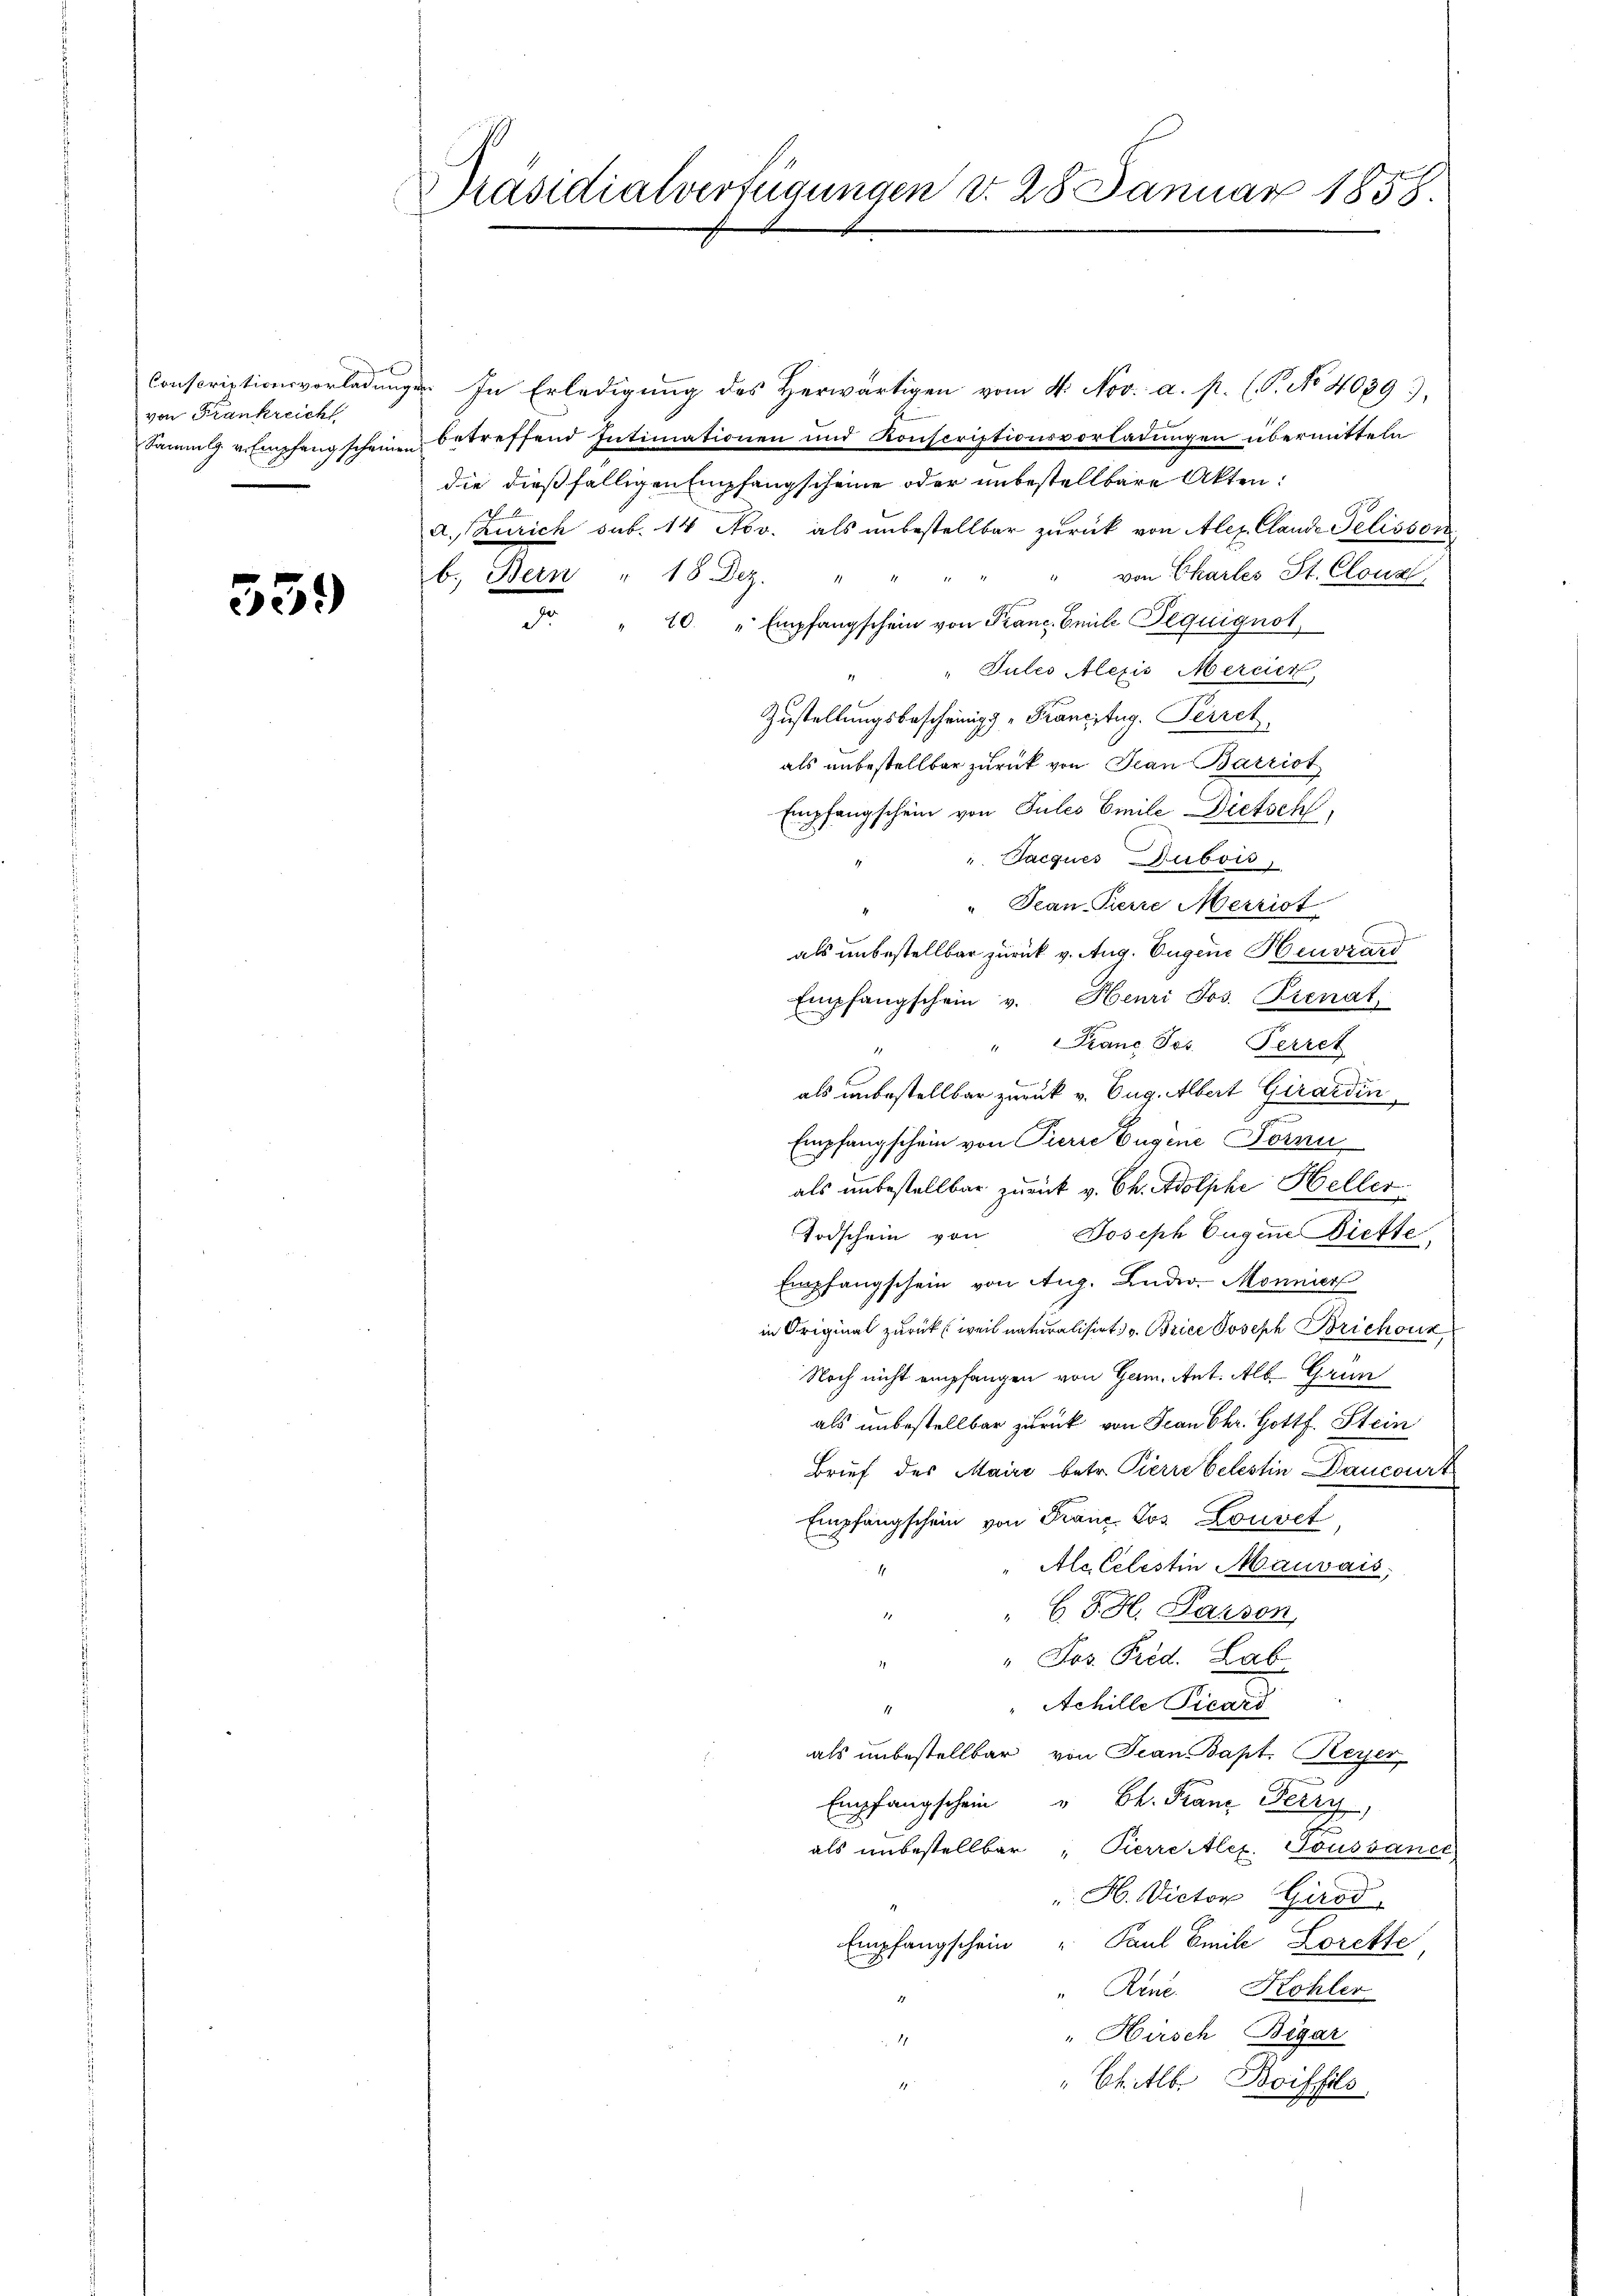
Conscriptionsvorladung
von Frankreich
Sammlg. v. Empfang scheine

539

Präsidialverfügungen d. 28. Januar 1858.

. In Erledigung des Herwärtigen vom 4. Nov. a. p. (P. No 4039),
betreffend Intimationen und Konscriptionsvorladungen übermitteln
die dießfälligen Empfangscheine oder unbestellbare Akten:
a. Zürich sub. 14 Nov. als unbestellbar zurück von Alex. Clande Pelisson
" von Chartes St. Cloua
b. Bern " 18 Dez. " "
d. " 10 " Empfangschein von Franz Emile Requignot
" Tules Alexis Mercier
Zustellungsbescheinigs „Franzstug. Perret
als unbestellbar zurück von Jean Barriot
Empfangschein von Pules Emile Dietsch,
" Jacques Dubois,
Tean-Pierre Messist
als unbestellbar zurück v. Aug. Eugene Heuvzard
Empfangschein v. Henri Jos. Pienat,
" Franz Jos. Perret
als unbestellbar zurück v. Eug. Albert Girardin
Empfangschein von Pierre Eugene Fornu
als unbestellbar zurück v. Ch. Adolphe Heller
Todschein von Joseph Eugene Diefte
Empfangschein von Aug. Luder. Monnier
in Original zurück (weil naturalisirt v. Brice Joseph Brichoux
Noch nicht empfangen von Germ. Ant. Als Grun
als unbestellbar zurück von Jean Chr. Hottf. Stein
Brief des Maire betr. Pierre belestin Dancourt
Empfangschein von Franz Jos. Louvet,
Alc Celestin Mauvais,
 b S. H. Passen
1
" Jos. Pred. Lab
"Achille Ticard
.
als unbestellbar von Jean Bapt. Meyer
Empfangschein " Ch. Franz Perry,
2
als unbestellbar "Pierrestler. Toussanct
H. Victor Girod
Empfangschein " Paul Emil Lorette
Rene. Kohler
" Hirsch Begar

"Chitlb. Boiffels